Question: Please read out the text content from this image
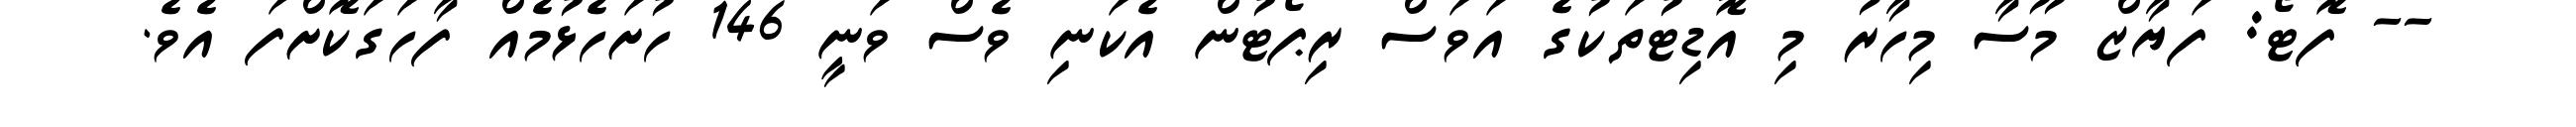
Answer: -- ފޮޓޯ: ފަޔާޒް މޫސާ މިހާރު މި އޮޑިޓުތަކުގެ އަވަސް ރިޕޯޓުން އެކަނި ވެސް ވަނީ 146 ހުށަހެޅުމެއް ފާހަގަކޮށްފަ އެވެ.